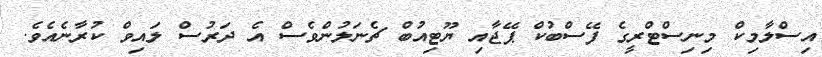
އިސްލާމިކް މިނިސްޓްރީގެ ފޭސްބުކް ޕޭޖާއި ޔޫޓިއުބް ޗެނަލުންވެސް އެ ދަރުސް ލައިވް ކުރާނެއެވެ.